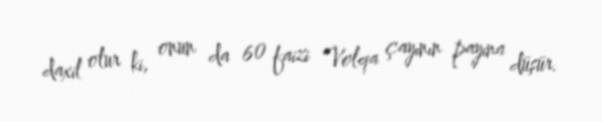
daxil olur ki, onun da 60 faizi Volqa çayının payına düşür.